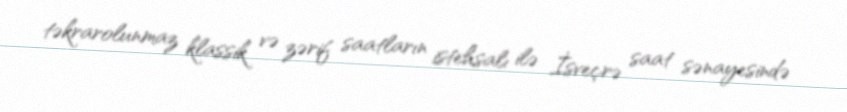
təkrarolunmaz klassik və zərif saatların istehsalı ilə İsveçrə saat sənayesində